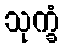
သုက္ခံ